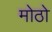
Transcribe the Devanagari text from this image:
मोठो